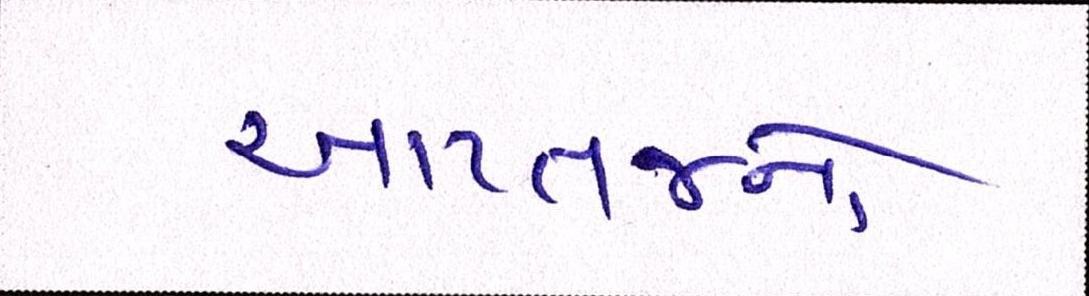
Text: આપ્તજનો